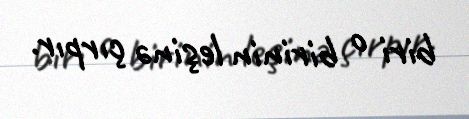
biri o birinin leşinə çırpır.